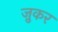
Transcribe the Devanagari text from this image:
ज़ुकर